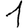
Digit: 1